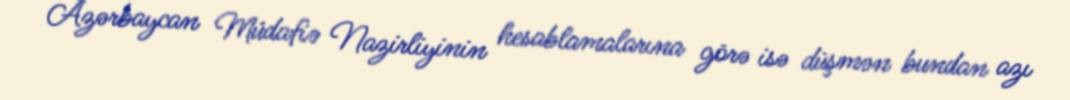
Azərbaycan Müdafiə Nazirliyinin hesablamalarına görə isə düşmən bundan azı